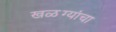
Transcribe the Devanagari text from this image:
खळग्यांचा